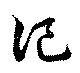
記